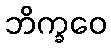
ဘိက္ခဝေ